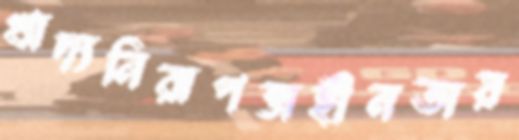
খাদ্যনিরাপত্তাহীনতায়